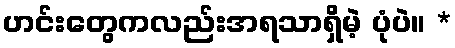
ဟင်းတွေကလည်းအရသာရှိမဲ့ ပုံပဲ။ *